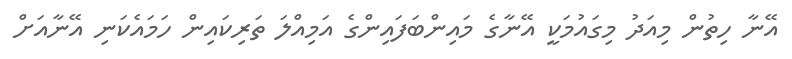
އޭނާ ހިތުން މިއަދު މިގައުމަކީ އޭނާގެ މައިންބަފައިންގެ އަމިއްލަ ތަރިކައިން ހަމައެކަނި އޭނާއަށް